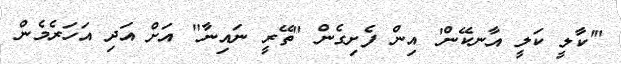
"'ކާލީ ކަލީ އާނކޭން' އިން ފެށިގެން "ތޭރީ ނައިނާ" އަށް އަދި އަހަރެމެން